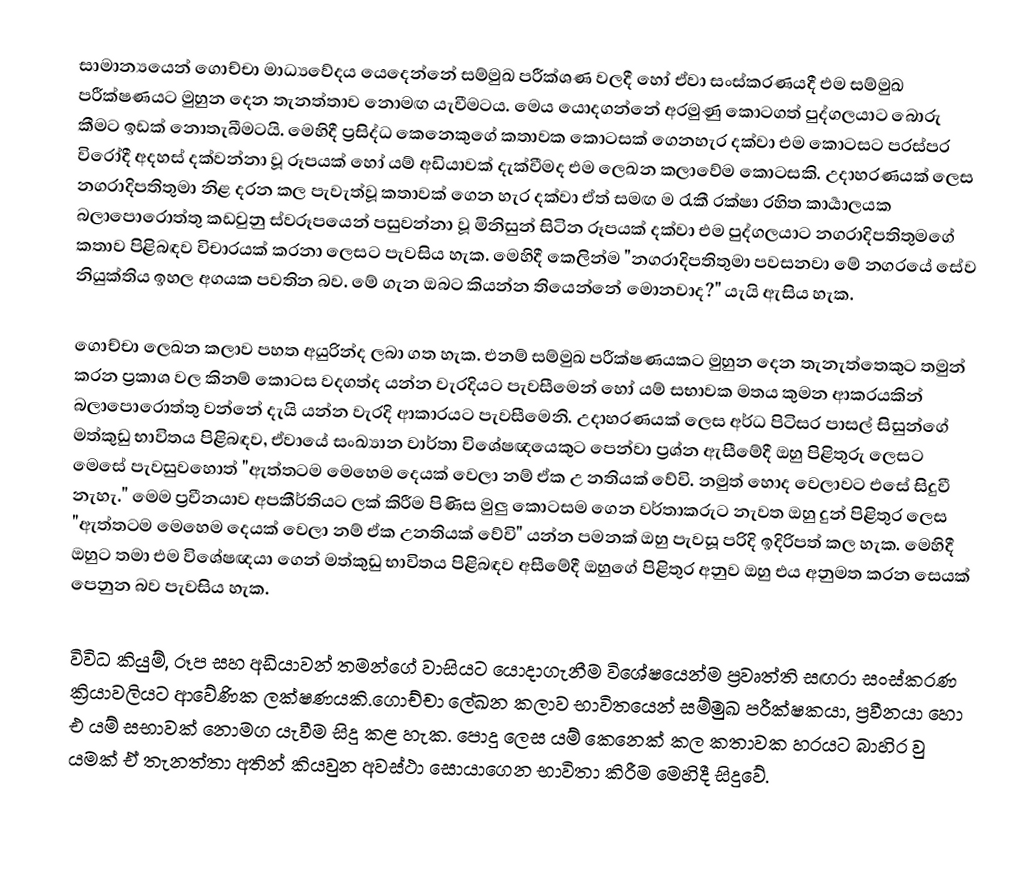
සාමාන්‍යයෙන් ගොච්චා මාධ්‍යවේදය යෙදෙන්නේ සම්මුඛ පරීක්ශණ වලදී හෝ ඒවා සංස්කරණයදී එම සම්මුඛ පරීක්ෂණයට මුහුන දෙන තැනත්තාව නොමඟ යැවීමටය. මෙය යොදගන්නේ අරමුණු කොටගත් පුද්ගලයාට බොරු කීමට ඉඩක් නොතැබීමටයි. මෙහිදී ප්‍රසිද්ධ කෙනෙකුගේ කතාවක කොටසක් ගෙනහැර දක්වා එම කොටසට පරස්පර විරෝදී අදහස් දක්වන්නා වූ රූපයක් හෝ යම් අඩියාවක් දැක්වීමද එම ලෙඛන කලාවේම කොටසකි. උදාහරණයක් ලෙස නගරාදිපතිතුමා නිළ දරන කල පැවැත්වූ කතාවක් ගෙන හැර දක්වා ඒත් සමඟ ම රැකී රක්ෂා රහිත කාර්‍යාලයක බලාපොරොත්තු කඩවුනු ස්වරූපයෙන් පසුවන්නා වූ මිනිසුන් සිටින රූපයක් දක්වා එම පුද්ගලයාට නගරාදිපතිතුමගේ කතාව පිළිබඳව විචාරයක් කරනා ලෙසට පැවසිය හැක. මෙහිදී කෙලින්ම "නගරාදිපතිතුමා පවසනවා මේ නගරයේ සේව නියුක්තිය ඉහල අගයක පවතින බව. මේ ගැන ඔබට කියන්න තියෙන්නේ මොනවාද?" යැයි ඇසිය හැක.

ගොච්චා ලෙඛන කලාව පහත අයුරින්ද ලබා ගත හැක. එනම් සම්මුඛ පරීක්ෂණයකට මුහුන දෙන තැනැත්තෙකුට තමුන් කරන ප්‍රකාශ වල කිනම් කොටස වදගත්ද යන්න වැරදියට පැවසීමෙන් හෝ යම් සභාවක මතය කුමන ආකරයකින් බලාපොරොත්තු වන්නේ දැයි යන්න වැරදි ආකාරයට පැවසීමෙනි. උදාහරණයක් ලෙස අර්ධ පිටිසර පාසල් සිසුන්ගේ මත්කුඩු භාවිතය පිළිබඳව, ඒවායේ සංඛ්‍යාන වාර්තා විශේෂඥයෙකුට පෙන්වා ප්‍රශ්න ඇසීමේදී ඔහු පිළිතුරු ලෙසට මෙසේ පැවසුවහොත් "ඇත්තටම මෙහෙම දෙයක් වෙලා නම් ඒක උ නතියක් වේවි. නමුත් හොද වෙලාවට එසේ සිදුවී නැහැ." මෙම ප්‍රවීනයාව අපකීර්තියට ලක් කිරීම පිණිස මුලු කොටසම ගෙන වර්තාකරුට නැවත ඔහු දුන් පිළිතුර ලෙස "ඇත්තටම මෙහෙම දෙයක් වෙලා නම් ඒක උනතියක් වේවි" යන්න පමනක් ඔහු පැවසූ පරිදි ඉදිරිපත් කල හැක. මෙහිදී ඔහුට තමා එම විශේෂඥයා ගෙන් මත්කුඩු භාවිතය පිළිබඳව අසීමේදී ඔහුගේ පිළිතුර අනුව ඔහු එය අනුමත කරන සෙයක් පෙනුන බව පැවසිය හැක.

විවිධ කියුම්, රූප සහ අඩියාවන් තමන්ගේ වාසියට යොදාගැනීම විශේෂයෙන්ම ප්‍රවෘත්ති සඟරා සංස්කරණ ක්‍රියාවලියට ආවේණික ලක්ෂණයකි.ගොච්චා ලේඛන කලාව භාවිතයෙන් සම්මුඛ පරීක්ෂකයා, ප්‍රවීනයා හො එ යම් සභාවක් නොමග යැවීම සිදු කළ හැක. පොදු ලෙස යම් කෙනෙක් කල කතාවක හරයට බාහිර වු යමක් ඒ තැනත්තා අතින් කියවුන අවස්ථා සොයාගෙන භාවිතා කිරීම මෙහිදී සිදුවේ.